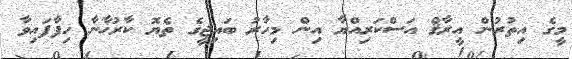
މީގެ އިތުރުން އީރާޤް އަސްކަރިއްޔާ އިން މިހާރު ބައިޖީގެ ތެޔޮ ކާރުޚާނާ ހިފާފައިވާ